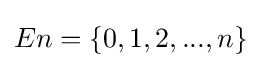
En=\{0,1,2,...,n\}